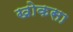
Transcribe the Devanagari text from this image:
खोकसा